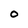
Character: 0